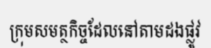
ក្រុមសមត្ថកិច្ចដែលនៅតាមដងផ្លូវ